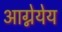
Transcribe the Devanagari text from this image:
आग्नेयेय